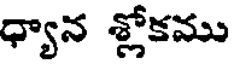
ధ్యాన శ్లోకము